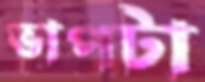
ভাপটা